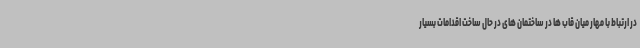
در ارتباط با مهار میان قاب ها در ساختمان های در حال ساخت اقدامات بسیار